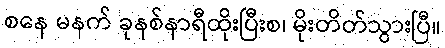
စနေ မနက် ခုနစ်နာရီထိုးပြီးစ၊ မိုးတိတ်သွားပြီ။